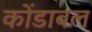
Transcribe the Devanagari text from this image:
कोंडाबल